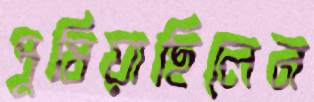
পুষিয়াছিলেন